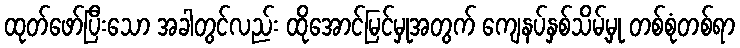
ထုတ်ဖော်ပြီးသော အခါတွင်လည်း ထိုအောင်မြင်မှုအတွက် ကျေနပ်နှစ်သိမ့်မှု တစ်စုံတစ်ရာ